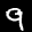
Label: 9